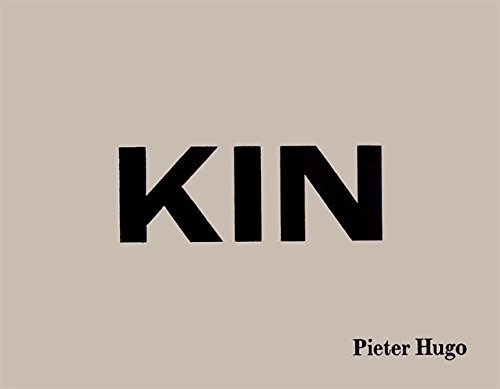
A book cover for Pieter Hugo: Kin; Ben Okri; Travel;